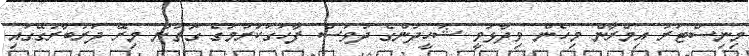
މިނިސްޓަރު އިމްރާން މިހެން ވިދާޅުވީ ޝަހީދުންގެ ދުވަސް ފާހަގަކުރުމުގެ ގޮތުން މިރޭ ދަރުބާރުގޭގައި